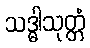
သဒ္ဓါသုတ္တံ